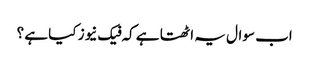
اب سوال یہ اٹھتا ہے کہ فیک نیوز کیا ہے ؟